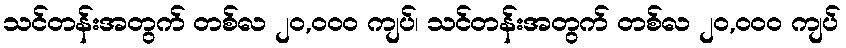
သင်တန်းအတွက် တစ်လ ၂၀,၀၀၀ ကျပ်၊ သင်တန်းအတွက် တစ်လ ၂၀,၀၀၀ ကျပ်